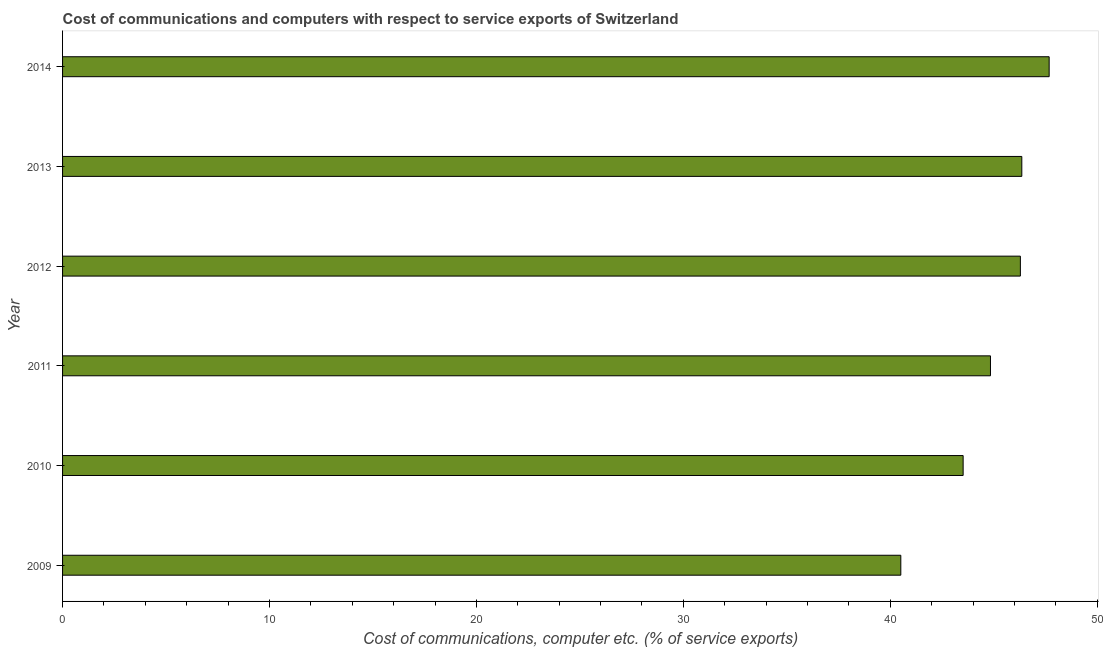
| Year | Communications |
 | --- | --- |
 | 2009 | 40.5 |
 | 2010 | 43.5 |
 | 2011 | 44.8 |
 | 2012 | 46.3 |
 | 2013 | 46.4 |
 | 2014 | 47.7 |